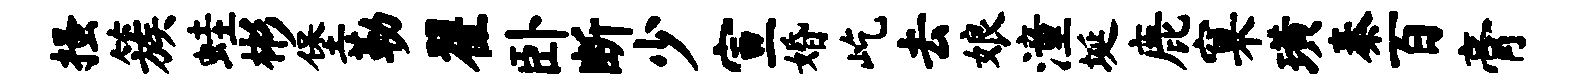
搔簇蛙彬堡勒翟卧断少宣婚屹去娘潼埏鹿窠璜秦百膏